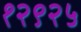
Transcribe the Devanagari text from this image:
१२९२५